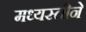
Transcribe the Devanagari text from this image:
मध्यस्तीने